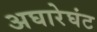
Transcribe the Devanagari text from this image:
अघारेघंट